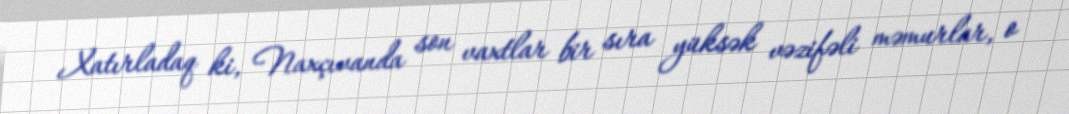
Xatırladaq ki, Naxçıvanda son vaxtlar bir sıra yüksək vəzifəli məmurlar, o